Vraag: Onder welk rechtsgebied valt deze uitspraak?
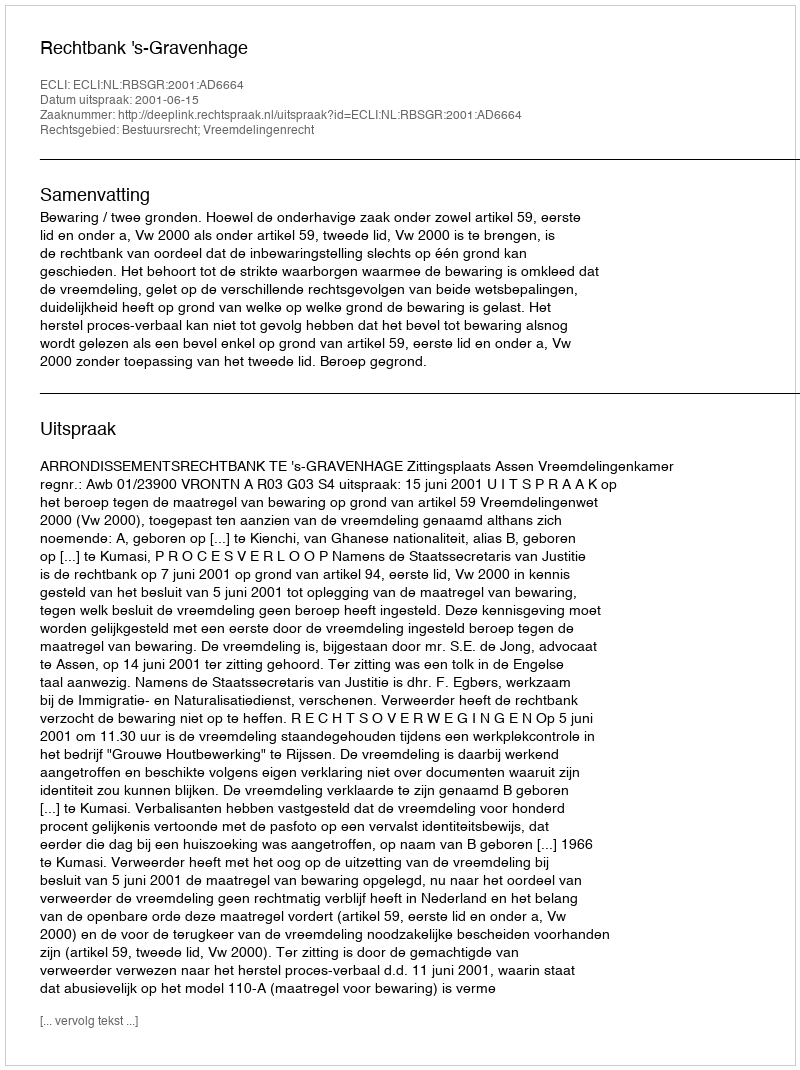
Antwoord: Bestuursrecht; Vreemdelingenrecht